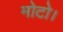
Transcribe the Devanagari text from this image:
मोटो।